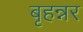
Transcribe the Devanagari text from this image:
बृहन्नर